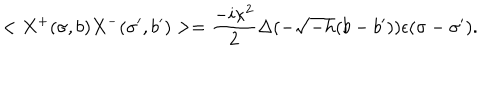
< X ^ { + } ( \sigma , b ) X ^ { - } ( \sigma ^ { \prime } , b ^ { \prime } ) > = \frac { - i \kappa ^ { 2 } } { 2 } \Delta ( - \sqrt { - h } ( b - b ^ { \prime } ) ) \epsilon ( \sigma - \sigma ^ { \prime } ) .